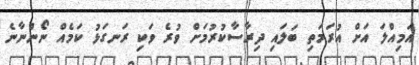
އަމިއްލަ އަށް އުރަމަތި ބަލައި ދިރާސާކުރުމަށް ވުރެ ވަކި ރަނގަޅު ކަމެއް ނޯންނާނެ